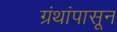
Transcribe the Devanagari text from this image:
ग्रंथांपासून